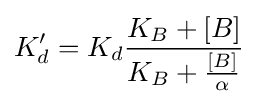
K_{d}'=K_{d}{\frac {K_{B}+[B]}{K_{B}+{\frac {[B]}{\alpha }}}}